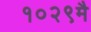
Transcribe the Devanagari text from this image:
१०२९मै